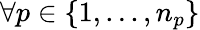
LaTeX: \forall p\in\{ 1,...,n_{p}\}